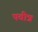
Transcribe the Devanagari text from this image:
पवीत्र